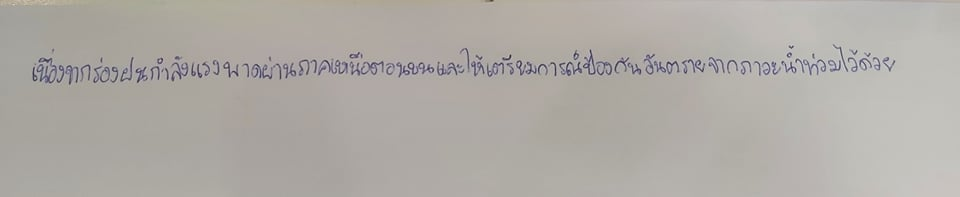
เนื่องจากร่องฝนกำลังแรงพาดผ่านภาคเหนือตอนบนและให้เตรียมการณ์ป้องกันอันตรายจากภาวะน้ำท่วมไว้ด้วย